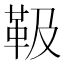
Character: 靸